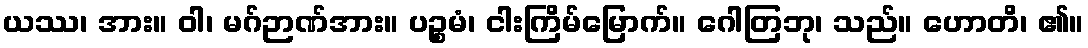
ယဿ၊ အား။ ဝါ၊ မဂ်ဉာဏ်အား။ ပဉ္စမံ၊ ငါးကြိမ်မြောက်။ ဂေါတြဘု၊ သည်။ ဟောတိ၊ ၏။